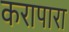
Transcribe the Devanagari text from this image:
करापारा